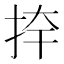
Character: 𭠦